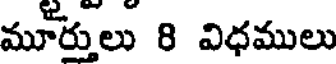
మూర్తులు 8 విధములు